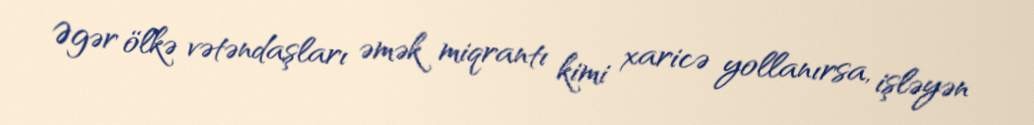
Əgər ölkə vətəndaşları əmək miqrantı kimi xaricə yollanırsa, işləyən